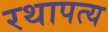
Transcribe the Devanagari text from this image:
रथापत्य